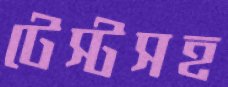
টেস্টসহ